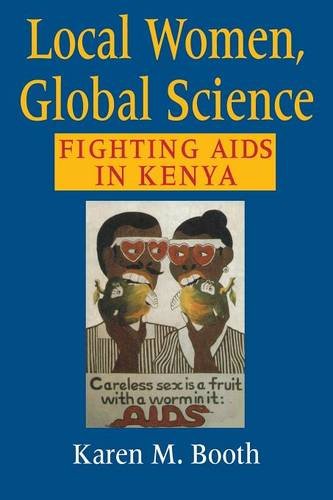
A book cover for Local Women, Global Science: Fighting AIDS in Kenya; Karen M. Booth; History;